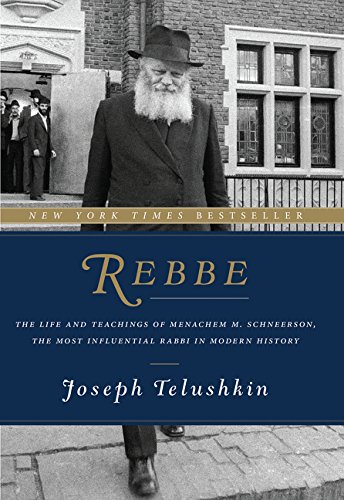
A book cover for Rebbe: The Life and Teachings of Menachem M. Schneerson, the Most Influential Rabbi in Modern History; Joseph Telushkin; Biographies & Memoirs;